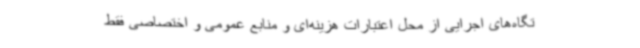
تگاه‌های اجرایی از محل اعتبارات هزینه‌ای و منابع عمومی و اختصاصی فقط